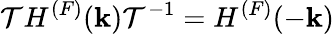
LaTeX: {\cal T}H^{(F)}({\mathbf k}){\cal T}^{-1}=H^{(F)}(-{\mathbf k})